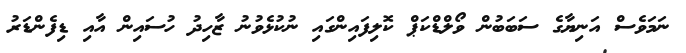
ނަމަވެސް އަނިޔާގެ ސަބަބުން ވޯލްޑްކަޕް ކޮލިފައިންގައި ނުކުޅެވުނު ޒާހިދު ހުސައިން އާއި ޑިފެންޑަރު